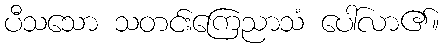
ပီသသော သတင်းကြေညာသံ ပေါ်လာ၏။